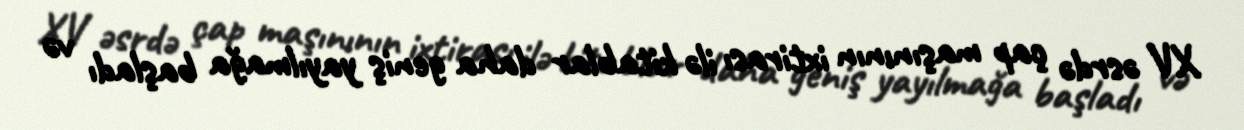
XV əsrdə çap maşınının ixtirası ilə kitablar daha geniş yayılmağa başladı və